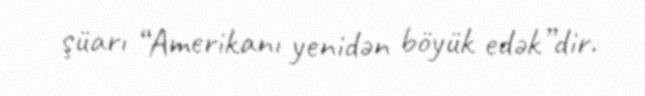
şüarı “Amerikanı yenidən böyük edək”dir.